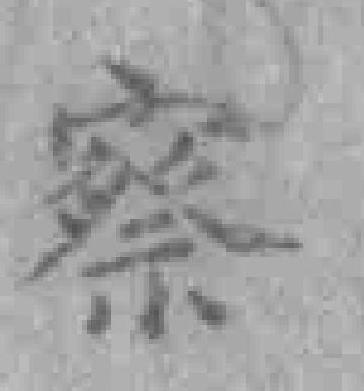
察